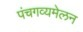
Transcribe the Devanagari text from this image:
पंचगव्यमेलन